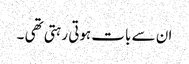
ان سے بات ہوتی رہتی تھی ۔